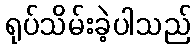
ရုပ်သိမ်းခဲ့ပါသည်